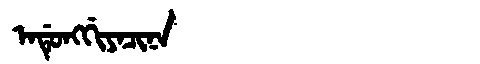
Manchu: ᠠᡩᡠᠩᡤᡳᠶᠠᠴᡳᠨᠠ
Romanization: ADUNGGIYACINA